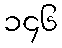
၁၄၆